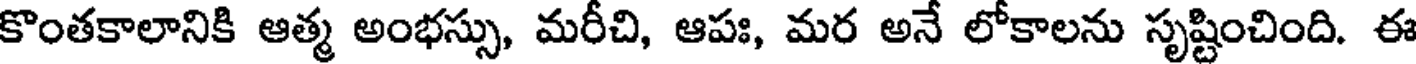
కొంతకాలానికి ఆత్మ అంభస్సు, మరీచి, ఆపః, మర అనే లోకాలను సృష్టించింది. ఈ